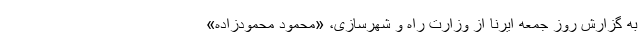
به گزارش روز جمعه ایرنا از وزارت راه و شهرسازی، «محمود محمودزاده»